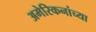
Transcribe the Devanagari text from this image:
अमेरिकनांच्या